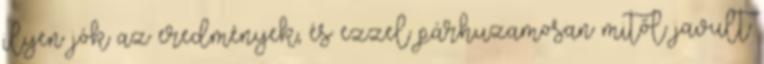
ilyen jók az eredmények, és ezzel párhuzamosan mitől javult